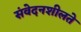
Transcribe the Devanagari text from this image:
संवेदनशीलते